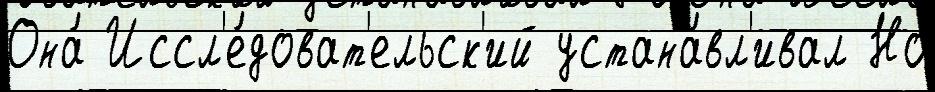
Она́ Иссл'е́доват'ельск'ий устана́вл'ивал Но